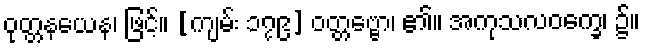
ဝုတ္တနယေန၊ ဖြင့်။ [ကျမ်း ၁၇၉] ဝတ္တဗ္ဗော၊ ၏။ အကုသလဝက္ခေ၊ ၌။